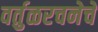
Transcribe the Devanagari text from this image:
वर्तुळरचनेचे